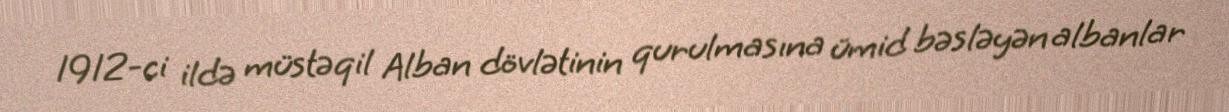
1912-ci ildə müstəqil Alban dövlətinin qurulmasına ümid bəsləyən albanlar